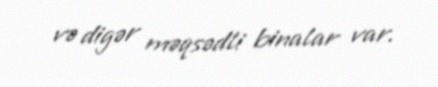
və digər məqsədli binalar var.